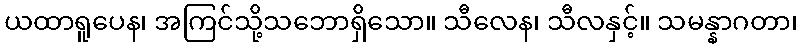
ယထာရူပေန၊ အကြင်သို့သဘောရှိသော။ သီလေန၊ သီလနှင့်။ သမန္နာဂတာ၊